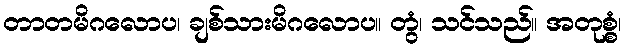
တာတမိဂလောပ၊ ချစ်သားမိဂလောပ။ တွံ၊ သင်သည်။ အတုစ္စံ၊